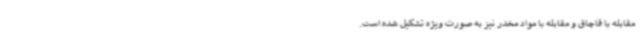
مقابله با قاچاق و مقابله با مواد مخدر نیز به صورت ویژه تشکیل شده است.